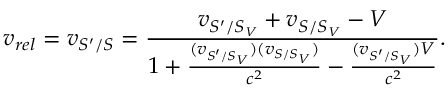
v _ { r e l } = v _ { S ^ { \prime } / S } = \frac { v _ { S ^ { \prime } / S _ { V } } + v _ { S / S _ { V } } - V } { 1 + \frac { ( v _ { S ^ { \prime } / S _ { V } } ) ( v _ { S / S _ { V } } ) } { c ^ { 2 } } - \frac { ( v _ { S ^ { \prime } / S _ { V } } ) V } { c ^ { 2 } } } .